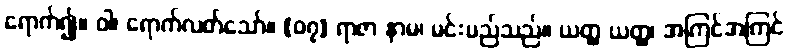
ရောက်၍။ ဝါ၊ ရောက်လတ်သော်။ {၀၇} ရာဇာ နာမ၊ မင်းမည်သည်။ ယတ္ထ ယတ္ထ၊ အကြင်အကြင်